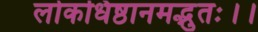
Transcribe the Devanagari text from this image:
लोकधिष्ठानमद्भुतः।।